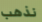
نذهب